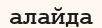
алайда